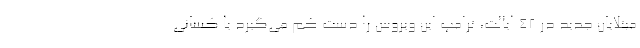
مبتلایان جدید در ۴۲ ایالت، ترامپ این ویروس را دست کم می‌گیرد یا کسانی